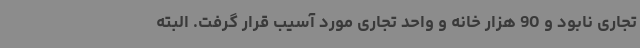
تجاری نابود و 90 هزار خانه و واحد تجاری مورد آسیب قرار گرفت. البته